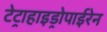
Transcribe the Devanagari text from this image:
टेट्राहाइड्रोपाईरेन